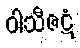
ဝါသီဇဋံ